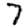
Digit: 7